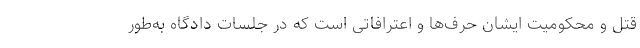
قتل و محکومیت ایشان حرف‌ها و اعترافاتی است که در جلسات دادگاه به‌طور